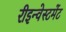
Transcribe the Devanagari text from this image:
रीइन्वेस्टमेंट